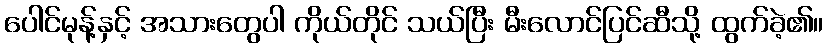
ပေါင်မုန့်နှင့် အသားတွေပါ ကိုယ်တိုင် သယ်ပြီး မီးလောင်ပြင်ဆီသို့ ထွက်ခဲ့၏။